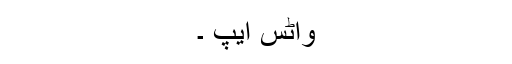
واٹس ایپ ۔